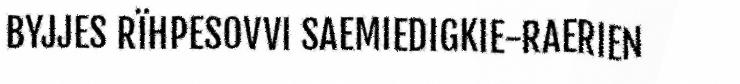
BYJJES RÏHPESOVVI SAEMIEDIGKIE-RAERIEN